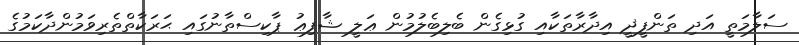
ސަލާމަތީ އަދި ތަންފީޛީ އިދާރާތަކާއި ގުޅިގެން ބެލިބެލުމުން ޢަލީ ޝާފިޢު ޕާކިސްތާނުގައި ޙަރަކާތްތެރިވަމުންދާކަމުގެ